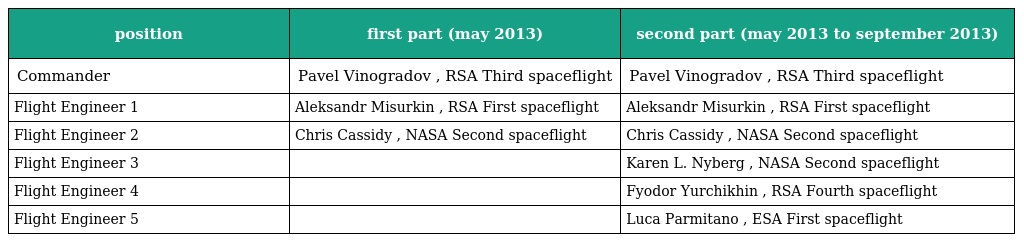
| position | first part (may 2013) | second part (may 2013 to september 2013) |
 | --- | --- | --- |
 | Commander | Pavel Vinogradov , RSA Third spaceflight | Pavel Vinogradov , RSA Third spaceflight |
 | Flight Engineer 1 | Aleksandr Misurkin , RSA First spaceflight | Aleksandr Misurkin , RSA First spaceflight |
 | Flight Engineer 2 | Chris Cassidy , NASA Second spaceflight | Chris Cassidy , NASA Second spaceflight |
 | Flight Engineer 3 |  | Karen L. Nyberg , NASA Second spaceflight |
 | Flight Engineer 4 |  | Fyodor Yurchikhin , RSA Fourth spaceflight |
 | Flight Engineer 5 |  | Luca Parmitano , ESA First spaceflight |